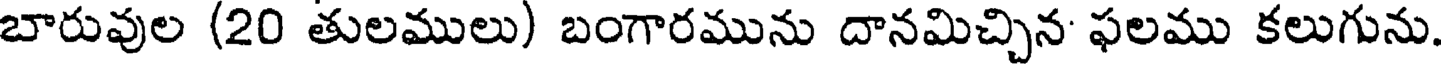
బారువుల (20 తులములు) బంగారమును దానమిచ్చిన ఫలము కలుగును.